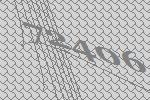
72406